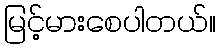
မြင့်မားစေပါတယ်။